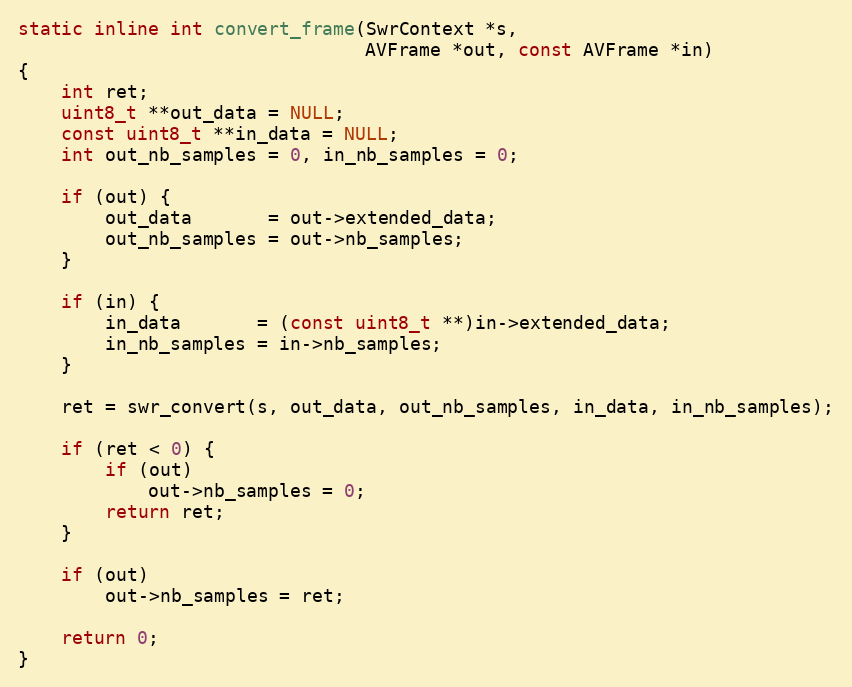
Language: C
static inline int convert_frame(SwrContext *s,
                                AVFrame *out, const AVFrame *in)
{
    int ret;
    uint8_t **out_data = NULL;
    const uint8_t **in_data = NULL;
    int out_nb_samples = 0, in_nb_samples = 0;

    if (out) {
        out_data       = out->extended_data;
        out_nb_samples = out->nb_samples;
    }

    if (in) {
        in_data       = (const uint8_t **)in->extended_data;
        in_nb_samples = in->nb_samples;
    }

    ret = swr_convert(s, out_data, out_nb_samples, in_data, in_nb_samples);

    if (ret < 0) {
        if (out)
            out->nb_samples = 0;
        return ret;
    }

    if (out)
        out->nb_samples = ret;

    return 0;
}